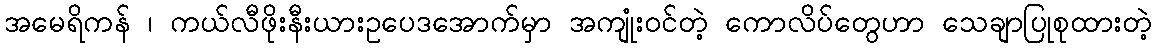
အမေရိကန် ၊ ကယ်လီဖိုးနီးယားဥပေဒအောက်မှာ အကျုံးဝင်တဲ့ ကောလိပ်တွေဟာ သေချာပြုစုထားတဲ့